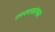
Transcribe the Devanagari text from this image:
उपनयनसंस्कार